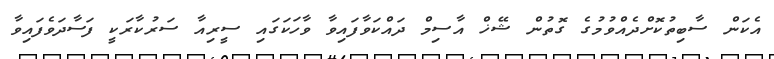
އެކަން ސާބިތުކޮށްދެއްވުމުގެ ގޮތުން ޝޭޚް އާސިމް ދައްކަވާފައިވާ ވާހަކަގައި ސީރިއާ ސަރުކާރަކީ ފަސާދަވެފައިވާ